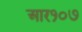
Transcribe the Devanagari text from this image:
आर१०७